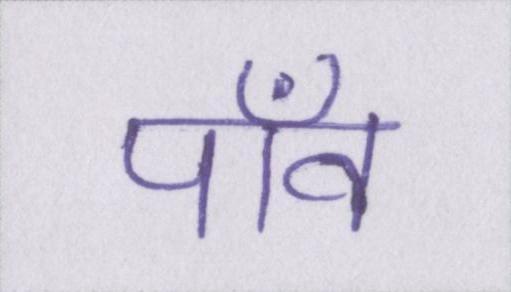
पाँव